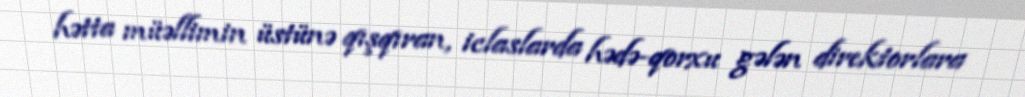
hətta müəllimin üstünə qışqıran, iclaslarda hədə-qorxu gələn direktorlara